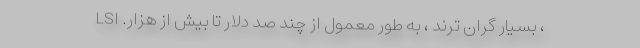
، بسیار گران ترند ، به طور معمول از چند صد دلار تا بیش از هزار. LSI